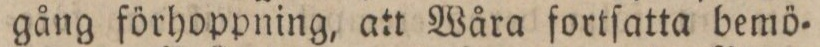
gång förhoppning, att Wåra fortſatta bemö=